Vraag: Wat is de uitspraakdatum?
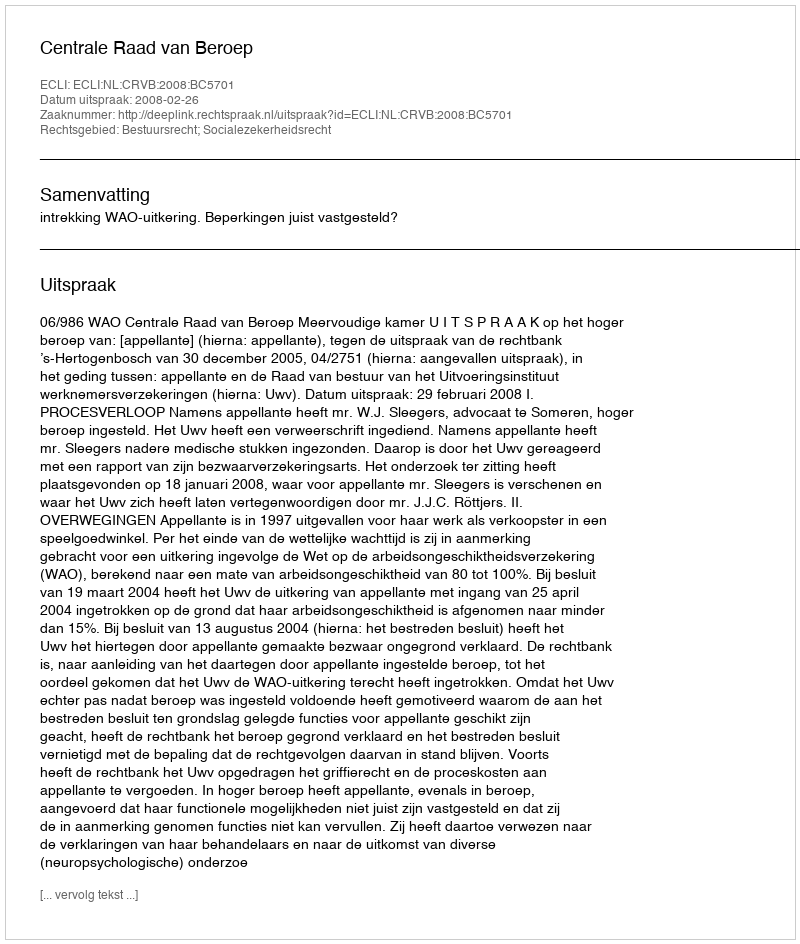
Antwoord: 2008-02-26